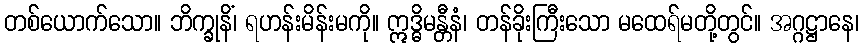
တစ်ယောက်သော။ ဘိက္ခုနိံ၊ ရဟန်းမိန်းမကို။ ဣဒ္ဓိမန္တီနံ၊ တန်ခိုးကြီးသော မထေရ်မတို့တွင်။ အဂ္ဂဋ္ဌာနေ၊